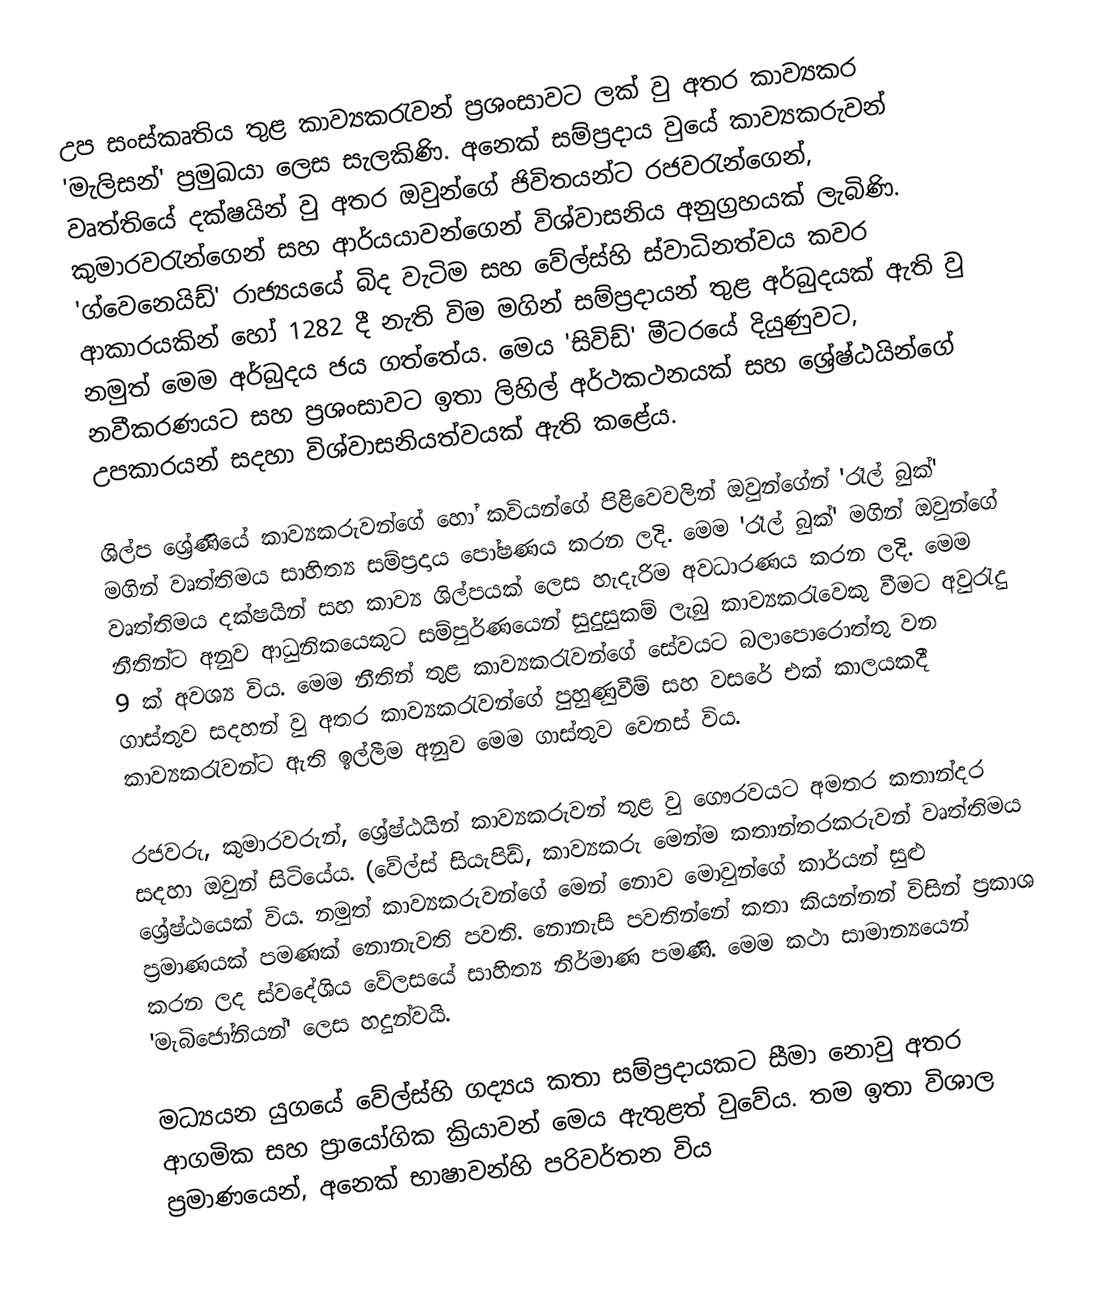
උප සංස්කෘතිය තුළ කාව්‍යකරැවන්‍ ප්‍රශංසාවට ලක් වු අතර කාව්‍යකර 'මැලිසන්' ප්‍රමුඛයා ලෙස සැලකිණි. අනෙක් සම්ප්‍රදාය වුයේ කාව්‍යකරුවන් වෘත්තියේ දක්ෂයින් වු අතර ඔවුන්ගේ ජිවිතයන්ට ‍රජවරැන්ගෙන්, කුමාරවරැන්ගෙන් සහ ආර්යයාවන්ගෙන් විශ්වාසනිය අනුග්‍රහයක් ලැබිණි. 'ග්වෙනෙයිඩ්' රාජ්‍යයයේ බිද වැටිම සහ වේල්ස්හි ස්වාධිනත්වය කවර ආකාරයකින් හෝ 1282 දී නැති විම මගින් සම්ප්‍රදායන් තුළ අර්බුදයක් ඇති වු නමුත් මෙම අර්බුදය ජය ගත්තේය. මෙය 'සිවිඩ්' මීටරයේ දියුණුවට, නවීකරණයට සහ ප්‍රශංසාවට ඉතා ලිහිල් අර්ථකථනයක් සහ ශ්‍රේෂ්ඨයින්ගේ උපකාරයන් සදහා විශ්වාසනියත්වයක් ඇති කළේය.

ශිල්ප ශ්‍රේණියේ කාව්‍යකරුවන්ගේ හෝ කවියන්ගේ පිළිවෙවලින් ඔවුන්ගේන් 'රෑල් බුක්' මගින් වෘත්තිමය සාහිත්‍ය සම්ප්‍රදාය පෝෂණය කරන ලදි. මෙම  'රෑල් බුක්' මගින් ඔවුන්ගේ වෘත්තිමය දක්ෂයින් සහ කාව්‍ය ශිල්පයක් ලෙස හැදැරිම අවධාරණය කරන ලදි. මෙම නීතින්ට අනුව ආධුනිකයෙකුට සම්පුර්ණයෙන් සුදුසුකම් ලැබු කාව්‍යකරැවෙකු වීමට අවුරැදු 9 ක් අවශ්‍ය විය. මෙම නීතින් තුළ කාව්‍යකරැවන්ගේ සේවයට බලාපෙ‍ාරොත්තු වන ගාස්තුව සදහන් වු අතර කාව්‍යකරැවන්ගේ පුහුණුවීම් සහ වසරේ එක් කාලයකදී කාව්‍යකරැවන්ට ඇති ඉල්ලීම අනුව මෙම ගාස්තුව වෙනස් විය.

රජවරු, කුමාරවරුන්, ශ්‍රේෂ්ඨයින් කාව්‍යකරුවන් තුළ වු ගෞරවයට අමතර කතාන්දර සදහා ඔවුන් සිටියේය. (වේල්ස් සියැපිඩ්, කාව්‍යකරු මෙන්ම කතාන්තරකරුවන් වෘත්තිමය ශ්‍රේෂ්ඨයෙක් විය. නමුත් කාව්‍යකරුවන්ගේ මෙන් නොව මොවුන්ගේ කාර්යන් සුළු ප්‍රමාණයක් පමණක් නොනැවති පවති. නොනැසි පවතින්නේ කතා කියන්නන් විසින් ප්‍රකාශ කරන ලද ස්වදේශිය වේලසයේ සාහිත්‍ය නිර්මාණ පමණි. මෙම කථා සාමාන්‍යයෙන් 'මැබිජෝනියන්' ලෙස හදුන්වයි.

	මධ්‍යයන යුගයේ වේල්ස්හි ගද්‍යය කතා සම්ප්‍රදායකට සීමා නොවු අතර ආගමික සහ ‍ප්‍ර‍ායෝගික ක්‍රියාවන් මෙය ඇතුළත් වුවේය. තම ඉතා විශාල ප්‍රමාණයෙන්, අනෙක් භාෂාවන්හි පරිවර්තන විය